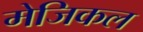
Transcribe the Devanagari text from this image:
मेजिकल